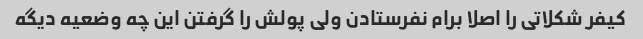
کیفر شکلاتی را اصلا برام نفرستادن ولی پولش را گرفتن این چه وضعیه دیگه